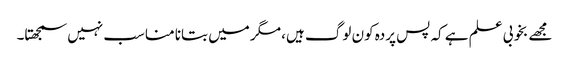
مجھے بخوبی علم ہے کہ پس پردہ کون لوگ ہیں، مگر میں بتانا مناسب نہیں سمجھتا۔